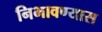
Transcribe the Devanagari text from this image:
निभावण्यास